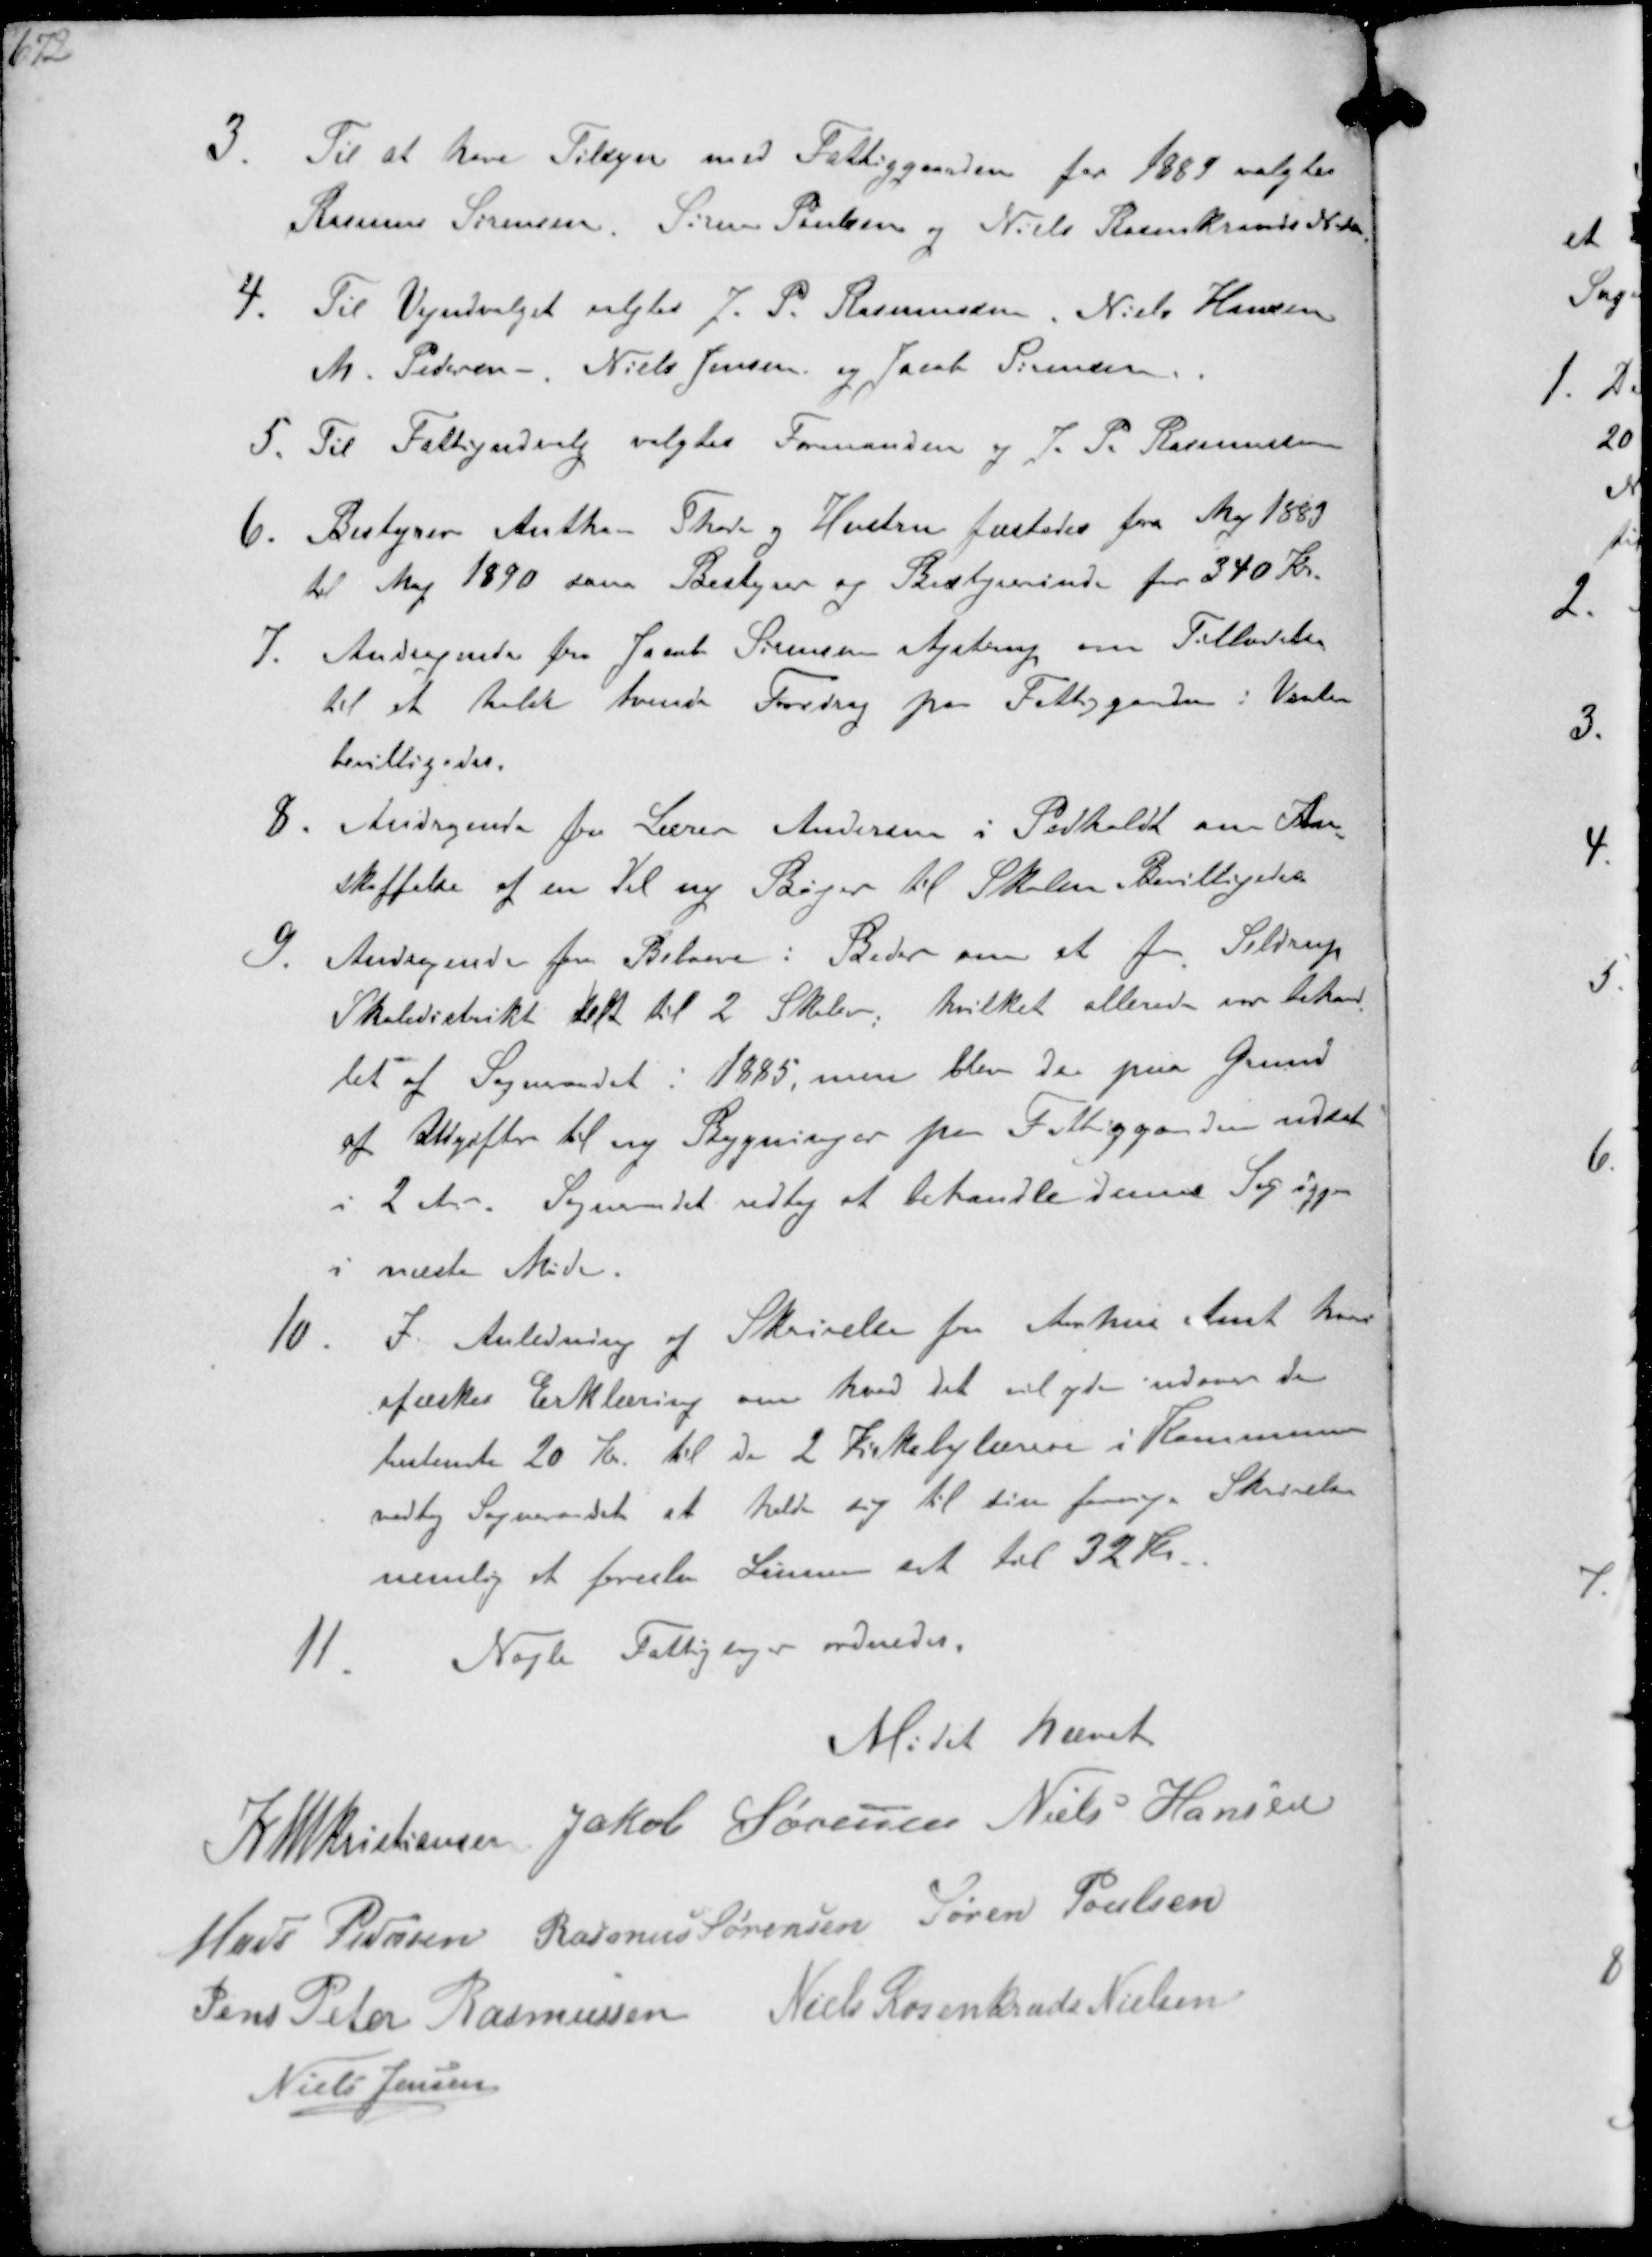
Transskription:
3. Til at have Tilsyn med Fattiggaarden for 1889 valgtes
Rasmus Sørensen, Søren Poulsen og Niels Rosenkrands Nielsen
4. Til Vejudvalget valgtes J. P. Rasmussen Niels Hansen
M. Pedersen Niels Jensen og Jacob Sørensen
5. Til Fattigudvalg valgtes Formanden og J. P. Rasmussen
6. Bestyrer Anthon Skov og Hustru fæstedes fra Maj 1889
til Maj 1890 som Bestyrer og Bestyrerinde for 340 Kr.
7. Andragende fra Jacob Sørensen Ajstrup om Tilladelse
til at holde tvende Foredrag paa Fattiggaarden i Vinter
bevilligedes.
8. Andragende fra Lærer Andersen i Pedholdt om An-
skaffelse af en Del ny Bøger til Skolen bevilligedes
9. Andragende fra Beboere i Beder om at faa Seldrup
Skoledistrikt delt til 2 Skoler hvilket allerede var behand-
let af Sogneraadet i 1885, men blev da paa Grund
af Udgifter til ny Bygninger paa Fattiggaarden udsat
i 2 Aar. Sogneraadet vedtog at behandle denne Sag igjen
i næste Møde.
10. I Anledning af Skrivelse fra Aarhus Amt hvor
afæskes Erklæring om hvad det vil yde uddover de
bestemte 20 Kr til de 2 Kirkebylærere i Kommunen
vedtog Sogneraadet at hele sig til sin forrige Skrivelse
nemlig at foreslaa Lønnen sat til 32 Kr.
11
Nogle Fattigsager ordnedes.

Mødet hævet

K N M Kristiansen Jakob Sørensen Niels Hansen
Hans Pedersen Rasmus Sørensen Søren Poulsen
Jens Peter Rasmussen Niels Rosenkrads Nielsen
Niels Jensen